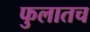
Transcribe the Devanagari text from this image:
फुलातच